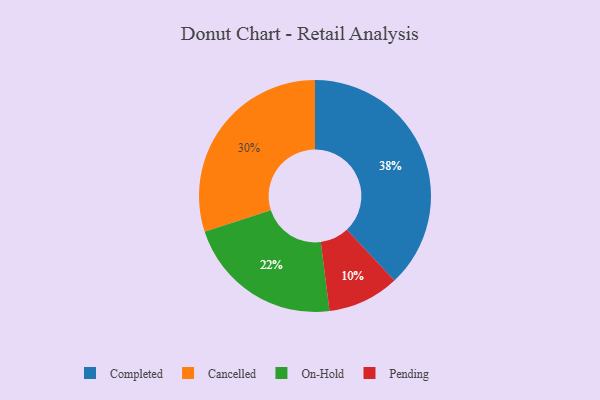
{"axis": {"x": "Category", "y": "Percentage"}, "legend": ["Cancelled", "Completed", "On-Hold", "Pending"], "data": [{"x": "On-Hold", "y": 22, "type": "On-Hold"}, {"x": "Cancelled", "y": 30, "type": "Cancelled"}, {"x": "Completed", "y": 38, "type": "Completed"}, {"x": "Pending", "y": 10, "type": "Pending"}]}